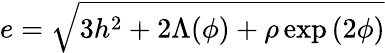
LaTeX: e=\sqrt{3h^{2}+2\Lambda(\phi)+\rho\exp{(2\phi)}}